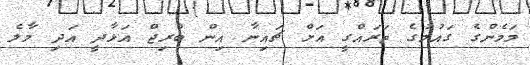
މަމެންގެ ގައުމުގެ ތަރައްގީ އަށް ޗައިނާ އިން ބްރިޖް އަޅާދީ އަދި މާލެ